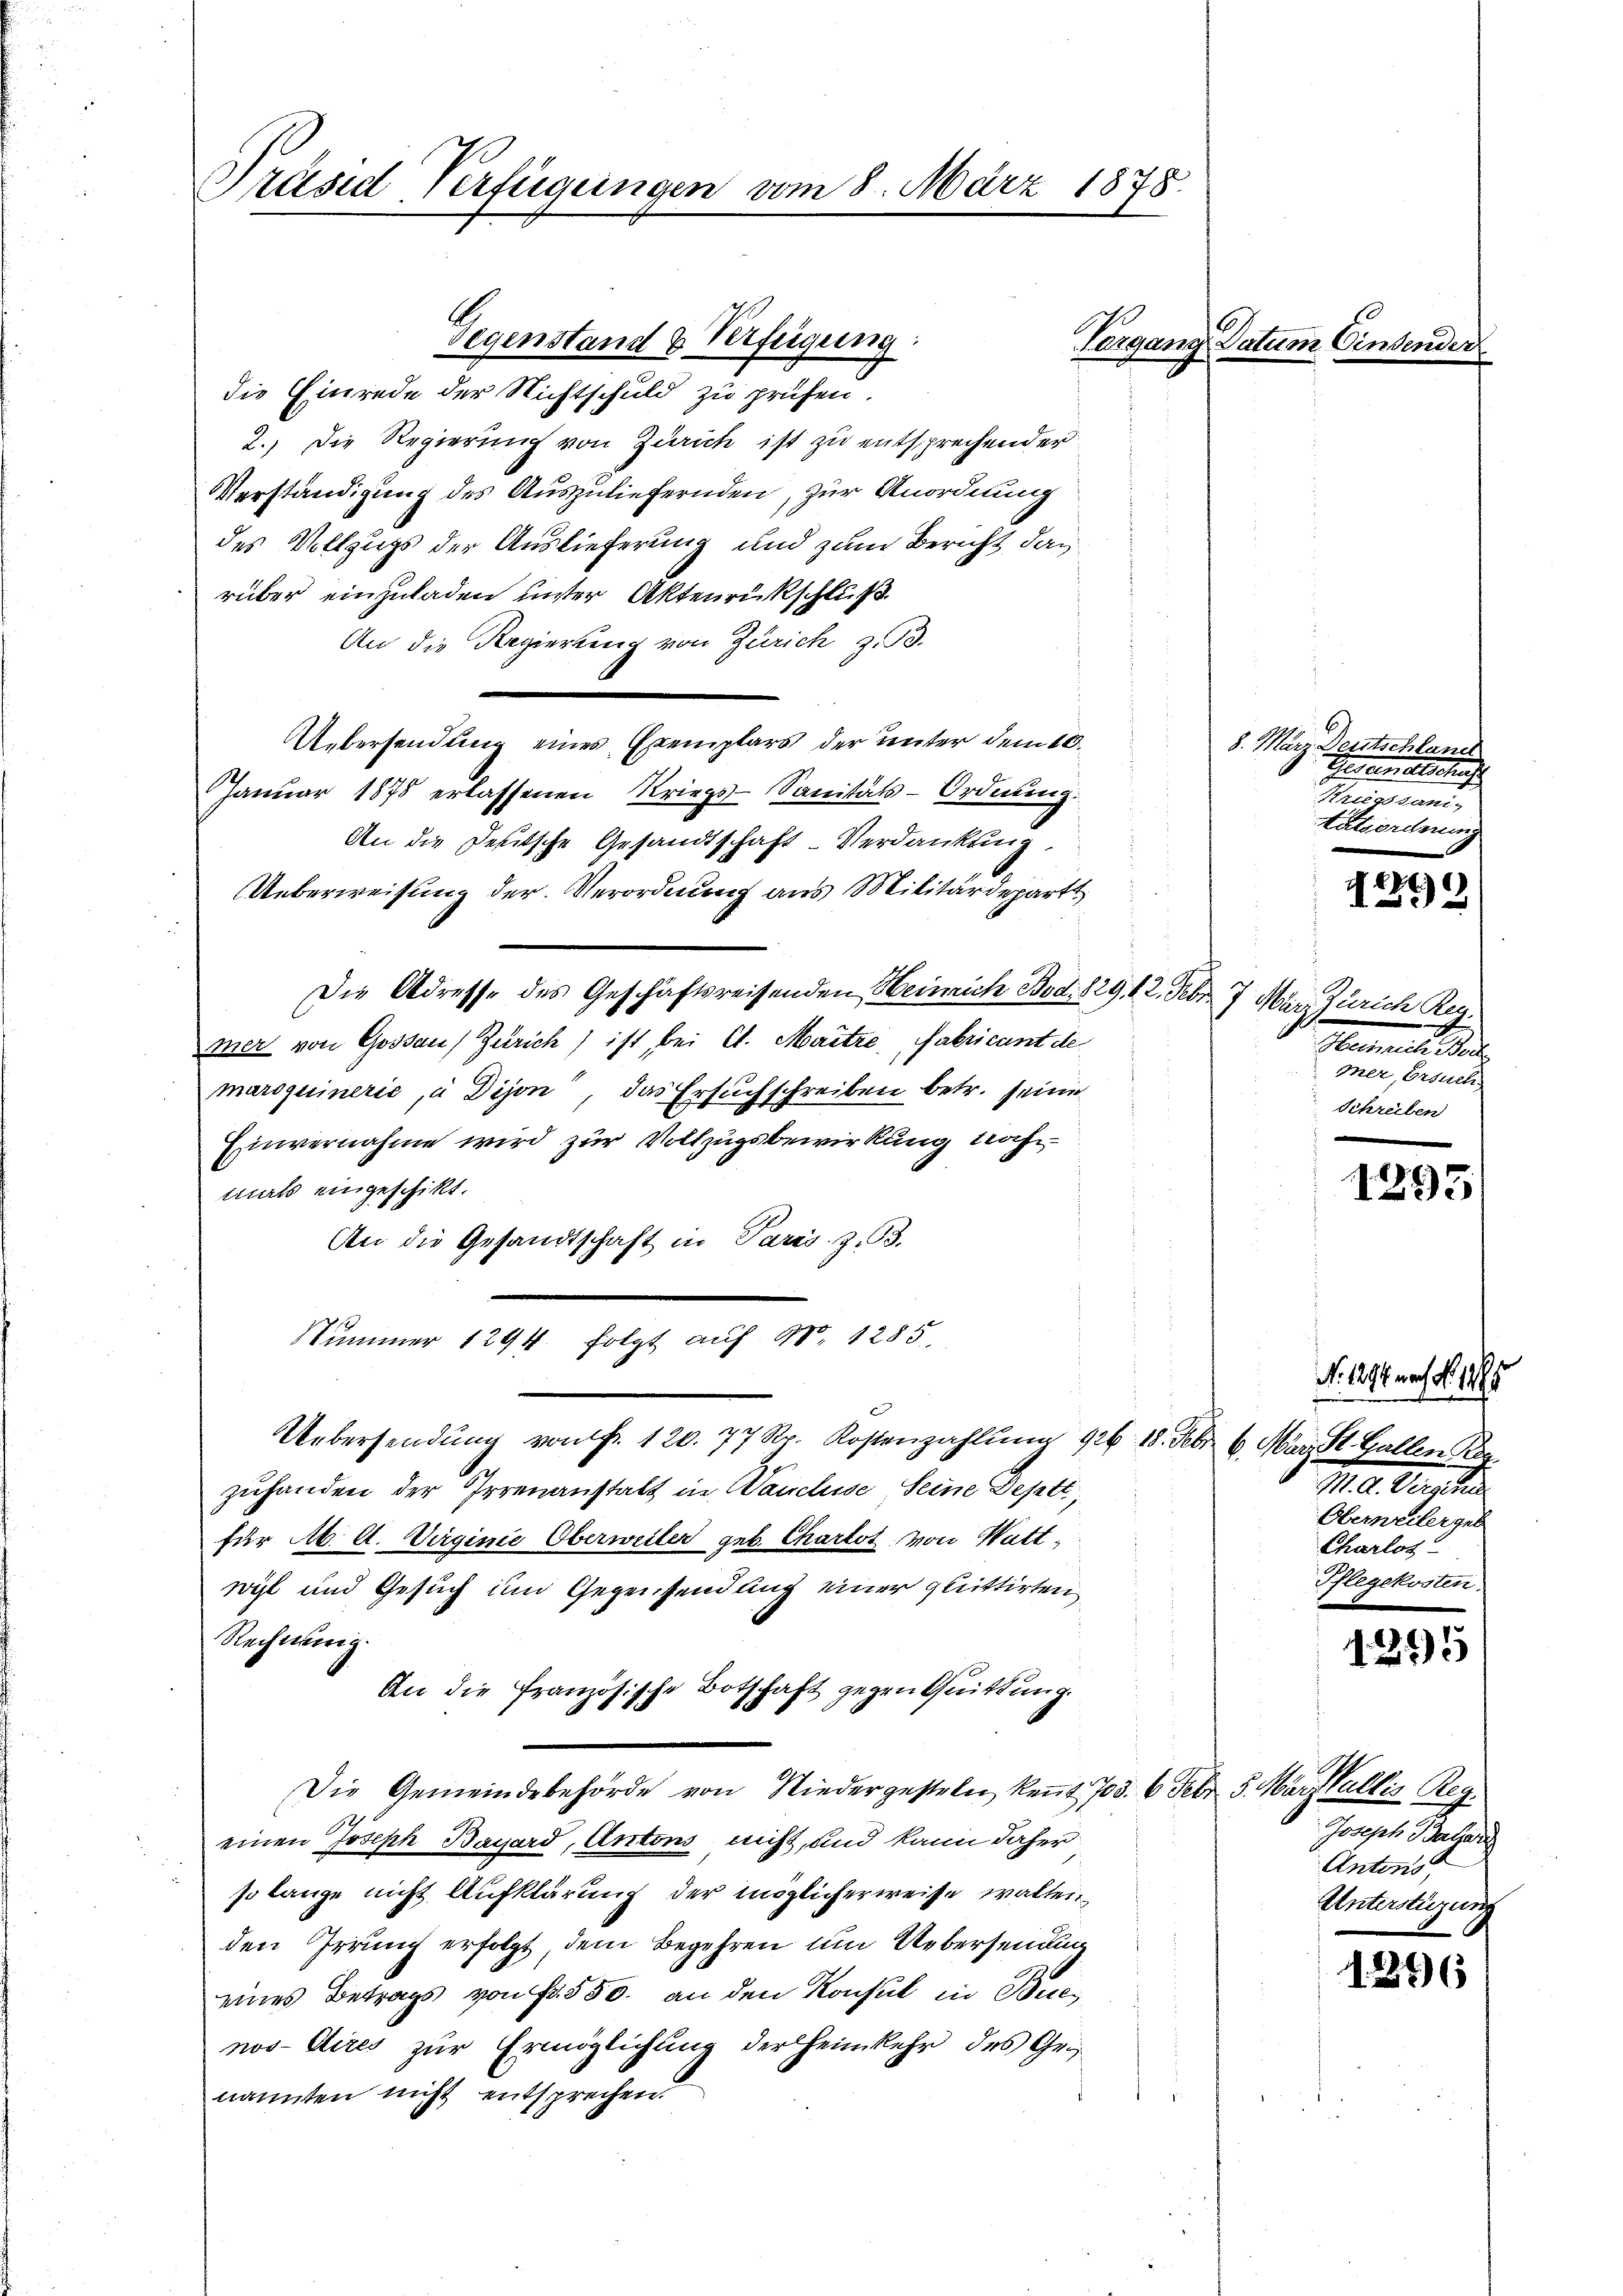
Präsid-Verfügungen vom 8. März 1878.

Gegenstand & Verfügung:
die Einrede der Nichtschuld zu prüfen.
2.) Die Regierung von Zürich ist zu entsprechender
Verständigung des Auszuliefernden, zur Anordnung
des Vollzugs der Auslieferung und zum Bericht das
rüber einzuladen unter Aktenrückschluß.
An die Regierung von Zürich z. B.
Uebersendung eines Exemplars der unter dem 10.
Januar 1875 erlassenen Kriegs-Sanitäts-Ordnung.
An die Deutsche Gesandtschaft-Verdankung.
Ueberweisung der Verordnung aus Militärdepart
Die Adresse des Geschäftsreisenden Heinrich Bod, 829. 12. Febr. 7 März Zürich Reg.
mer von Gossau) Zürich) ist, bei lt. Maitre, Fabricant de
maroquineris, à Dijon, das Ersuchschreiben betr. seine
Einvernahme wird zur Vollzugsbewirkung nachmals eingeschikt.
An die Gesandtschaft in Paris. Z. 33.
Nummer 1294. folgt auf No 1285.
Uebersendung von Fr. 120. 77 Sr. Kostenzahlung 926 18. Febr. 6. März St. Gallen Be
1
zuhanden der Irrenanstalt in Wanclise Seine Deptt,
für M. l. Virginie Oberweiler geb. Charlot von Watt,
wyl und Gesuch im Gegensendung einer quittirten
Rechnung.
An die Französische Botschaft gegen Quittung.
Die Gemeindebehörde von Niedergesteler keṅt 703. 6. Febr. 5. März fallis Reg.
einen Joseph Bayard, Antons nicht, und kann daher
so lange nicht Aufklärung der möglicherweise walten
den Irrung erfolgt, dem Begehren um Uebersendung
eines Betrags von Fr. 550. an den Konsul in Buenos-Aires zur Ermöglichung der Heimkehr des Genannten nicht entsprechen.

Vergang Datum Eins

8. März Deutschland
Generalschaf
Triestand,
Tatsordnung

Materstellen
mer, Ersuch
Schreiben

E
)
.

1295

No. 1294 nach No. 1195
M. A. Versche
Oberweilergeb
Charlos
Pflegekosten.

1295

1296

Joseph Batai
Antons
Unterstüzung